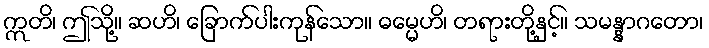
ဣတိ၊ ဤသို့။ ဆဟိ၊ ခြောက်ပါးကုန်သော။ ဓမ္မေဟိ၊ တရားတို့နှင့်။ သမန္နာဂတော၊